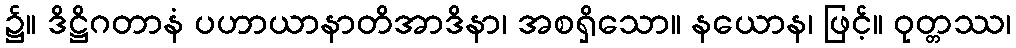
၌။ ဒိဋ္ဌိဂတာနံ ပဟာယာနာတိအာဒိနာ၊ အစရှိသော။ နယောန၊ ဖြင့်။ ဝုတ္တဿ၊